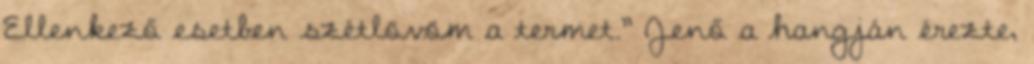
Ellenkező esetben szétlövöm a termet.” Jenő a hangján érezte,